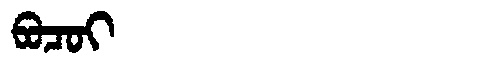
Manchu: ᠪᠣᠴᠣᡳ
Romanization: BOCOI